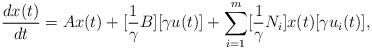
LaTeX: \begin{align*} \frac{dx(t)}{dt}=Ax(t)+[\frac{1}{\gamma}B][\gamma u(t)]+\sum_{i=1}^m [\frac{1}{\gamma}N_i] x(t) [\gamma u_i(t)], \end{align*}